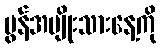
မွန်အမျိုးသားနေ့ကို